Scottish Leaving Certificate Examination, 1955
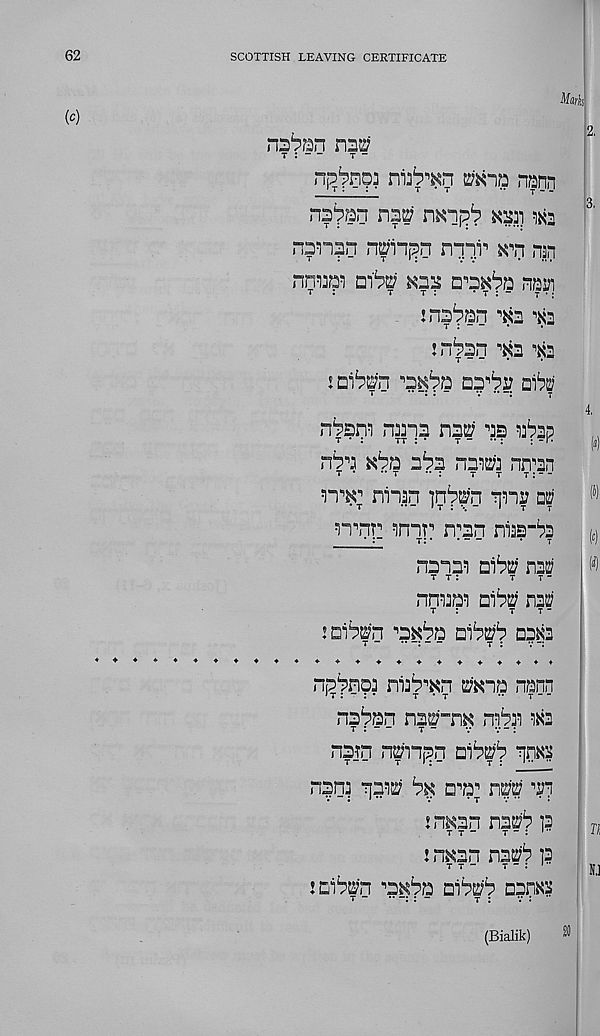
62
SCOTTISH LEAVING CERTIFICATE
(C)
t : —
t -
npnn
nanpn nPnpsn nppp wn nan
nmm
nan
t.
t
t:
• t : — T 1 :
ins^an ^3 ^3
: n^Pu ^3 ^2
1 oib^n
aybv aib^
T -
: : "
v —:
r
nPppi ran? nap as abpp
rm ^ba a^a rasa nn’sn
T *
T
••:
T T T : - -
n^ ninn ]n^Pn ?ni?
nnr nnr’ nran nas-^a
■__
t: •
• —
•
t
ram 1 ) aibP nai:;
T T :
T T -
nram ai^P m
T :
T T “
: aiPPn ra^a ai^ a?^3
♦ ♦ ♦♦♦♦♦♦♦♦♦♦♦♦♦
np^no^ ni^^n P&oa nann
na'pan nap-n^
m
nan nPH,?n ai^
nara
% niy npp
jra^an naPb i?
j n^an naPb ]?
: aibPn ra^a aiPP^ a?n^
Mark
2.
3.
4.
I
(5)
w
(i)
(Bialik)